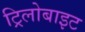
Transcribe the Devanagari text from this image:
ट्रिलोबाइट